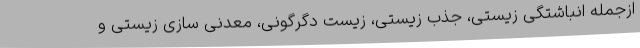
ازجمله انباشتگی زیستی، جذب زیستی، زیست دگرگونی، معدنی سازی زیستی و